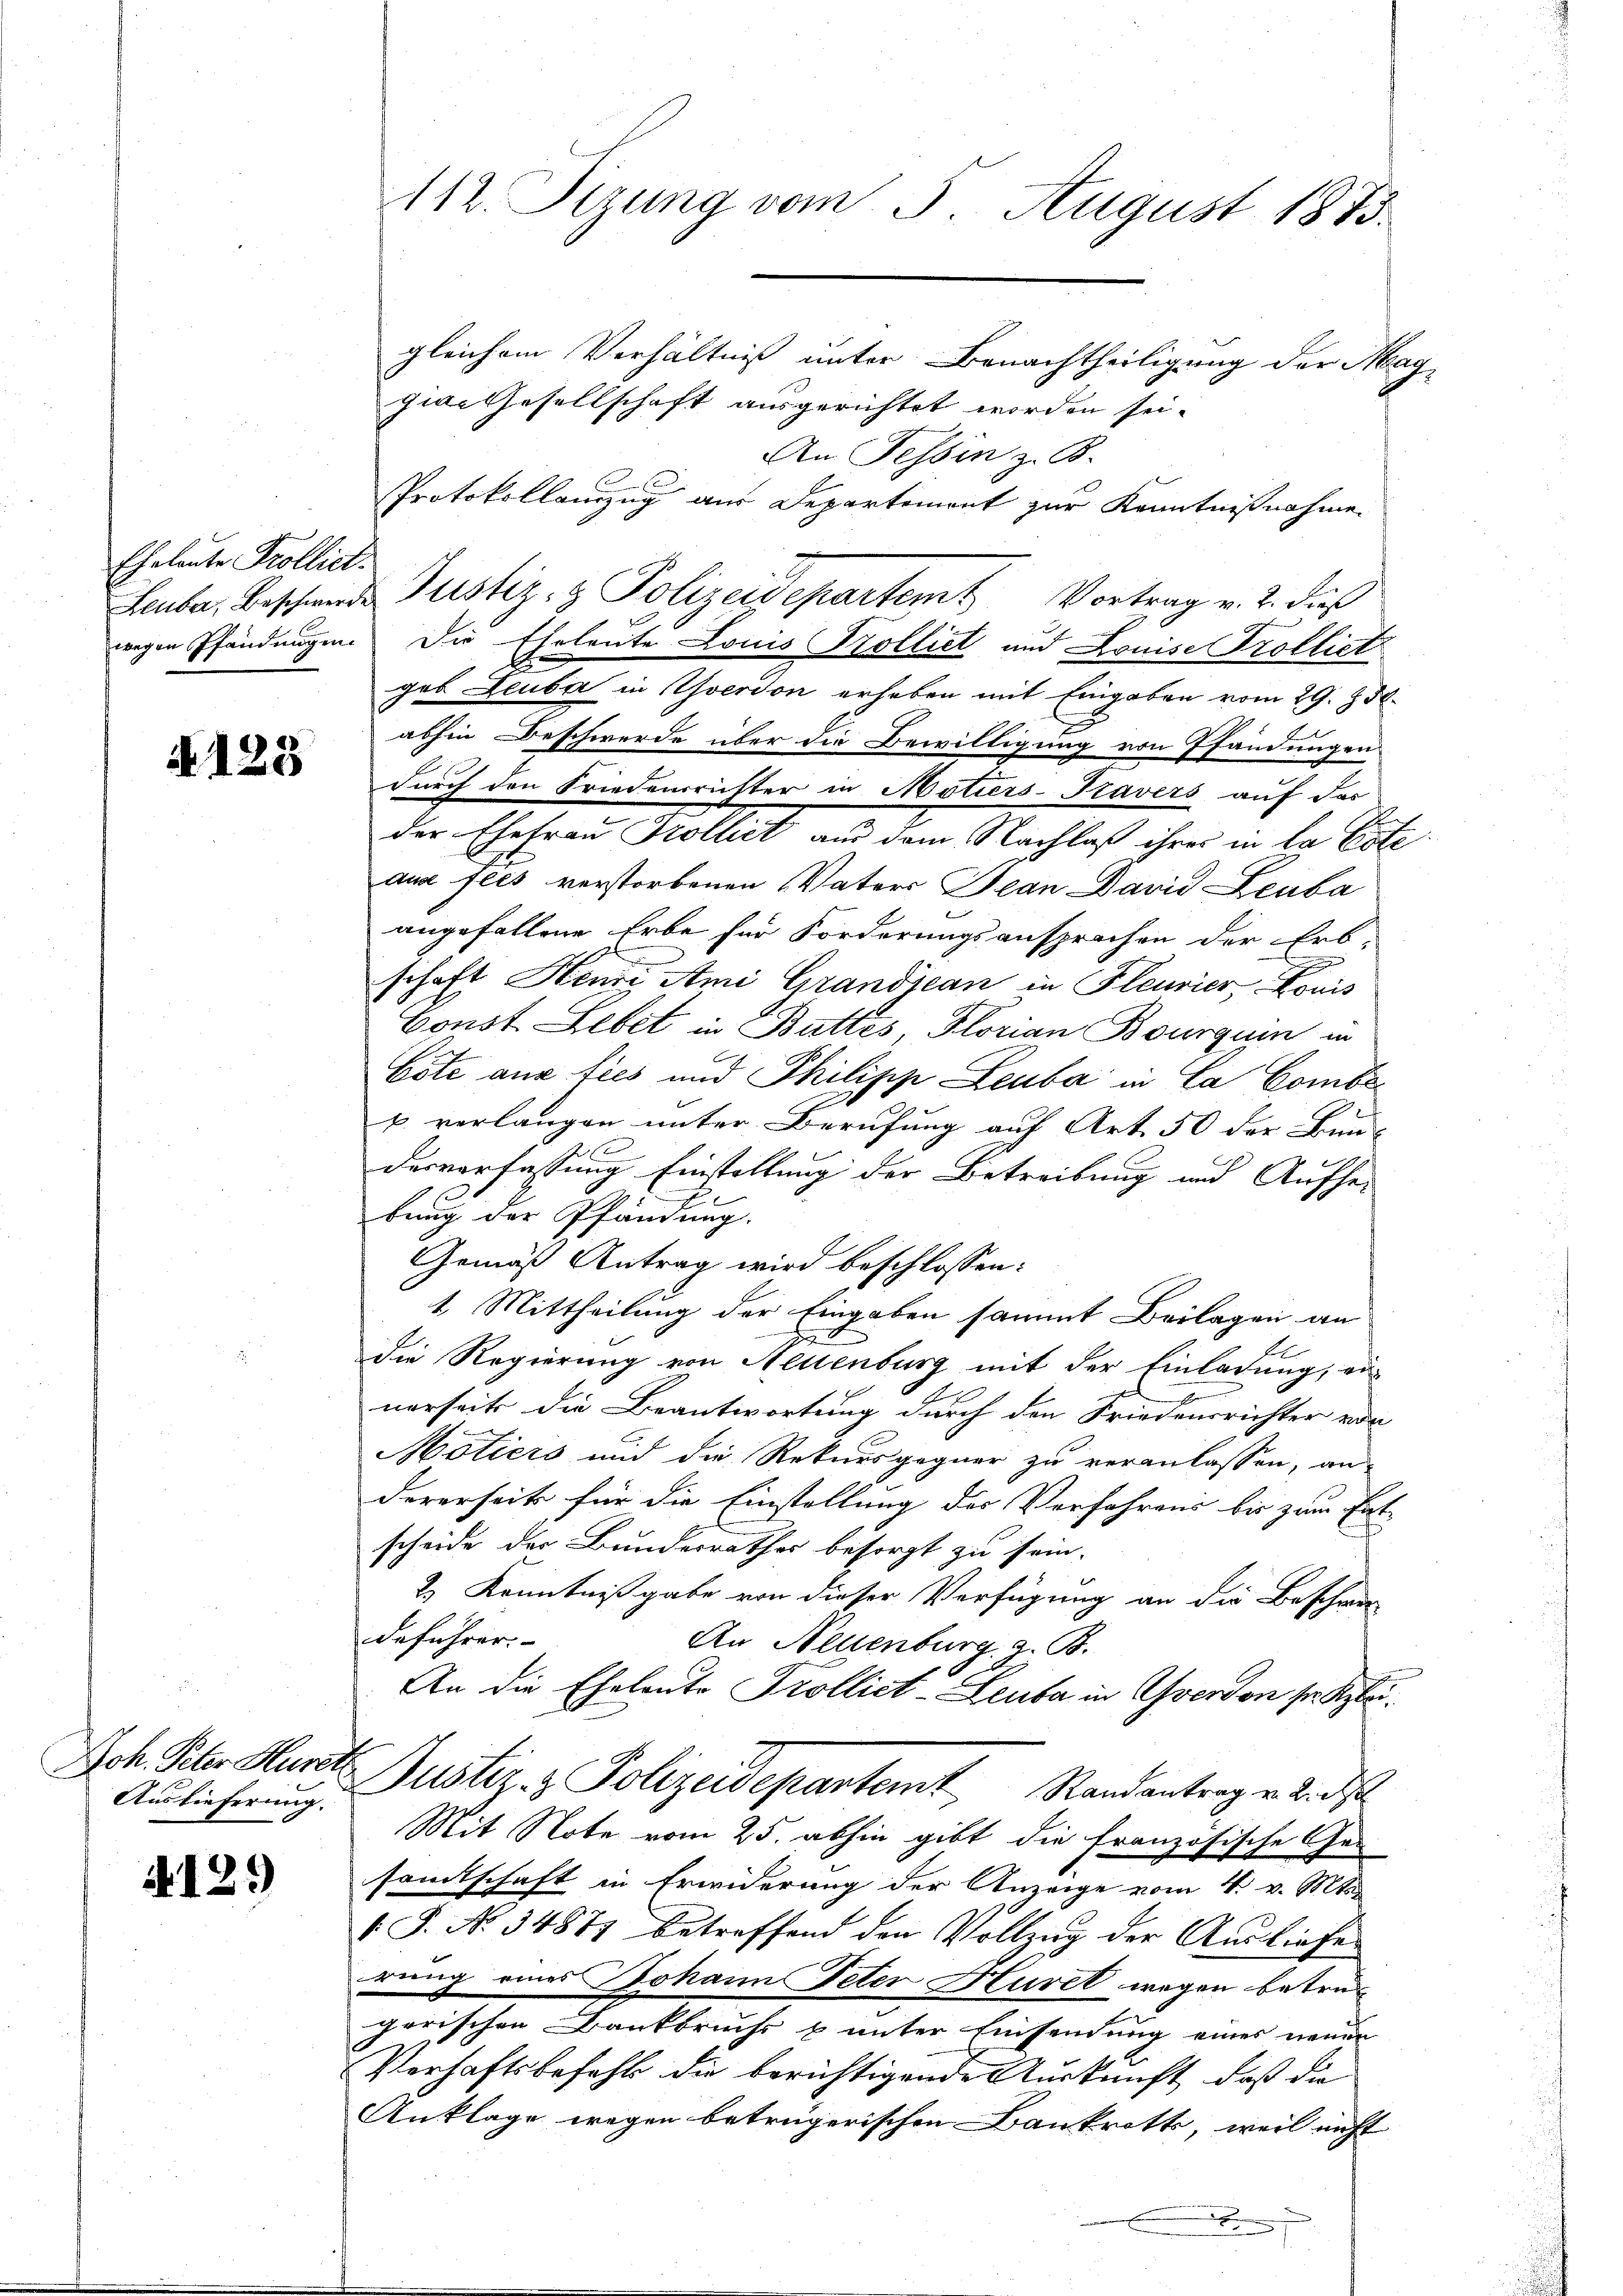
Eheleute Trollict.
wegen Pfändungen.

A 128

Joh. Peter Hurer.
Auslieferung.

A129

112. Serung vom 3. August 1873.

gleichem Verhältniß unter Benachtheiligung der Magzwai Gesellschaft ausgerichtet worden sei.
An Tessin z. B.
Protokollenzug aus Departement zur Kenntnißnahme
Die Eheleute Louis Trolliet und Louise Trolliet
geb Leuba in Yverdon erheben mit Eingaben vom 29. 750.
g
abhin Beschwerde über die Bewilligung von Pfändungen
durch den Friedensrichter in Notiers-Travers auf das
der Ehefrau Kollict aus dem Nachlaß ihres in la Este
aud Fees verstorbenen Vaters Jean David Leuba
angefallene Erbe für Forderungsansprachen der Erb-
e
schaft Henri Ami Grandjean in Fleurier, Louis
Const Lebet in Buttes Florian Bourgum in
Cote aus ties und Philipp Leuba in Ca Combep. verlangen unter Berufung auf Art. 50 der Bun-
desverfassung Einstellung der Betreibung und Aufher
bung der Pfändung.
Gemäß Antrag wird beschlossen:
1. Mittheilung der Eingaben sammt Beilagen an
E
die Regierung von Neuenburg mit der Einladung, ei-
1
nerseits die Beantwortung durch den Friedensrichter von
Motiers und die Rekursgegner zu veranlassen, an
dererseits für die Einstellung des Verfahrens bis zum Ent-
scheide der Bunderrathes besorgt zu sein.
2.) Kenntnißgabe von dieser Verfügung an die Beschwer-
deführer:
An Neuenburg, z. B.
.
An die Eheleute Trollict-Leuta in Yverdon sie Klei¬
Justiz- & Polizeidepartemt, Randantrag v. 2. ds
Mit Note vom 25. abhin gibt die französische Gesamtschaft in Erwiderung der Anzeige vom 4. v. Mts.
1 J. No 34877 betreffend den Vollzug der Ausliefe
rung eines Johann Peter Huret wegen betref
gerischen Bankbruchs & unter Einsendung eines neuen
Verhaftsbefehl die berichtigende Auskunft, daß die
Anklage wegen betrügerischen Bankrotts, weil nicht
.

Leuba, Beschwerde Justiz- & Polizeidepartem Vortrag v. 2. dieß